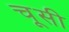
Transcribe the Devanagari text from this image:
चूसी